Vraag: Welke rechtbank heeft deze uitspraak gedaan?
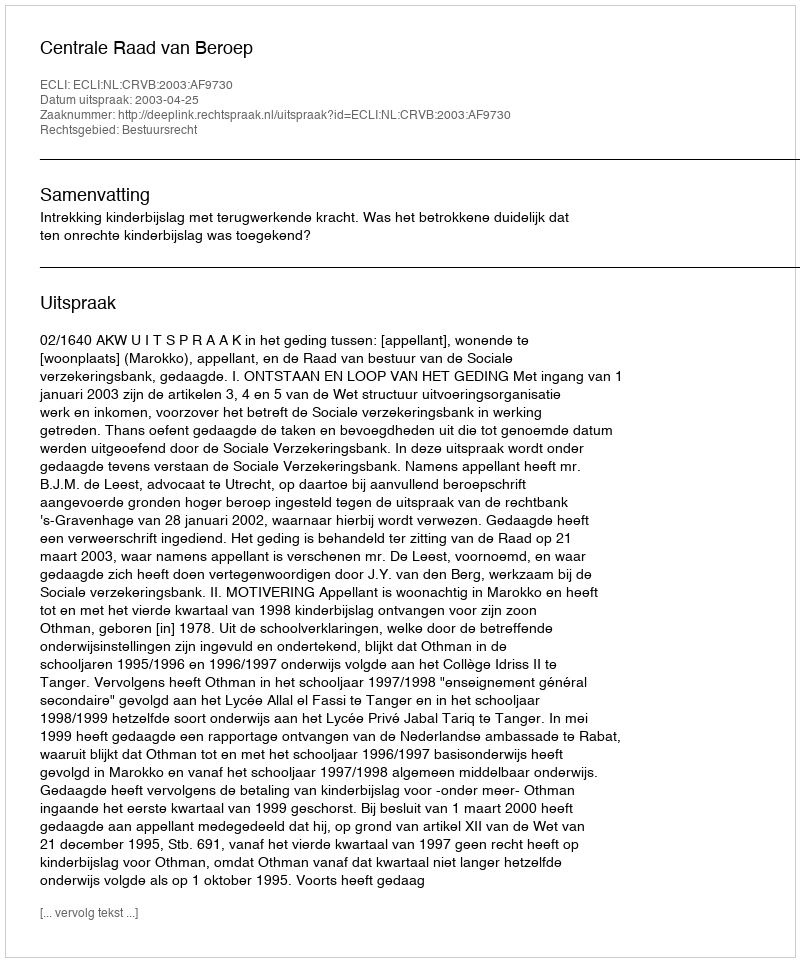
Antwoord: Centrale Raad van Beroep